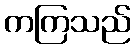
ကကြသည်